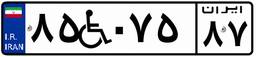
۸۵W۰۷۵۸۷